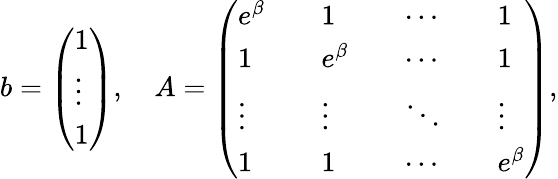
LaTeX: \begin{array}{r}{b=\left(\begin{array}{l}{1}\\ {\vdots}\\ {1}\end{array}\right),\quad A=\left(\begin{array}{lllllll}{e^{\beta}}&&{1}&&{\cdots}&&{1}\\ {1}&&{e^{\beta}}&&{\cdots}&&{1}\\ {\vdots}&&{\vdots}&&{\ddots}&&{\vdots}\\ {1}&&{1}&&{\cdots}&&{e^{\beta}}\end{array}\right),}\end{array}